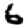
Digit: 6